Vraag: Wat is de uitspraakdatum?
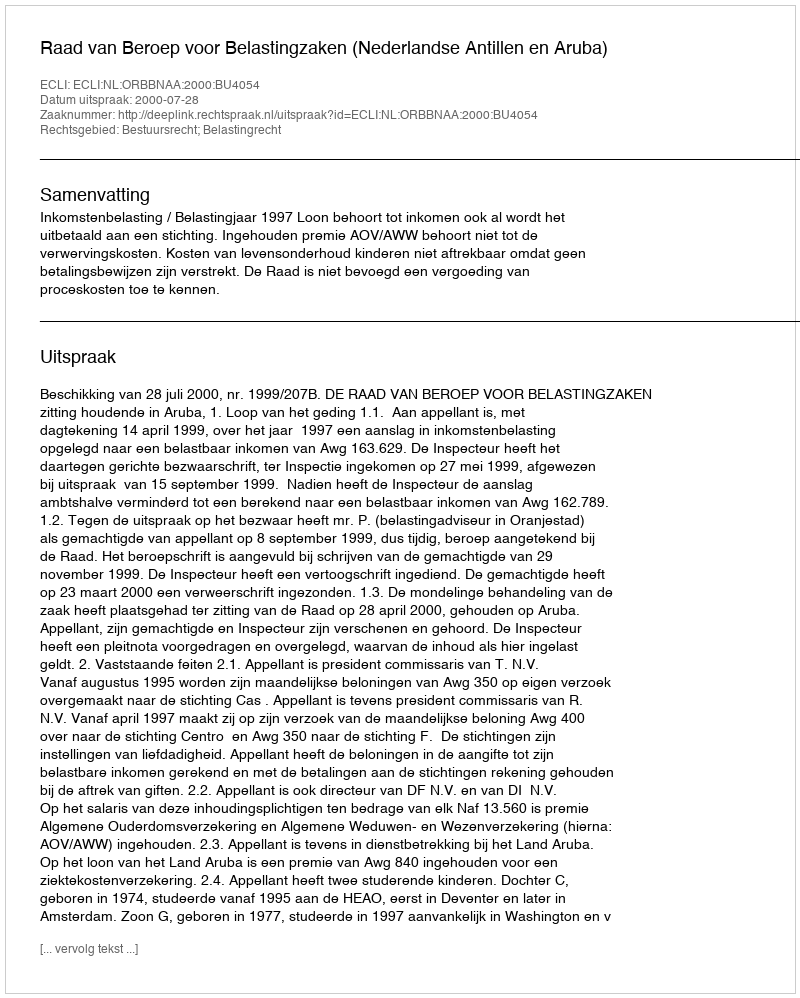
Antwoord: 2000-07-28